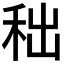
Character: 𥞃